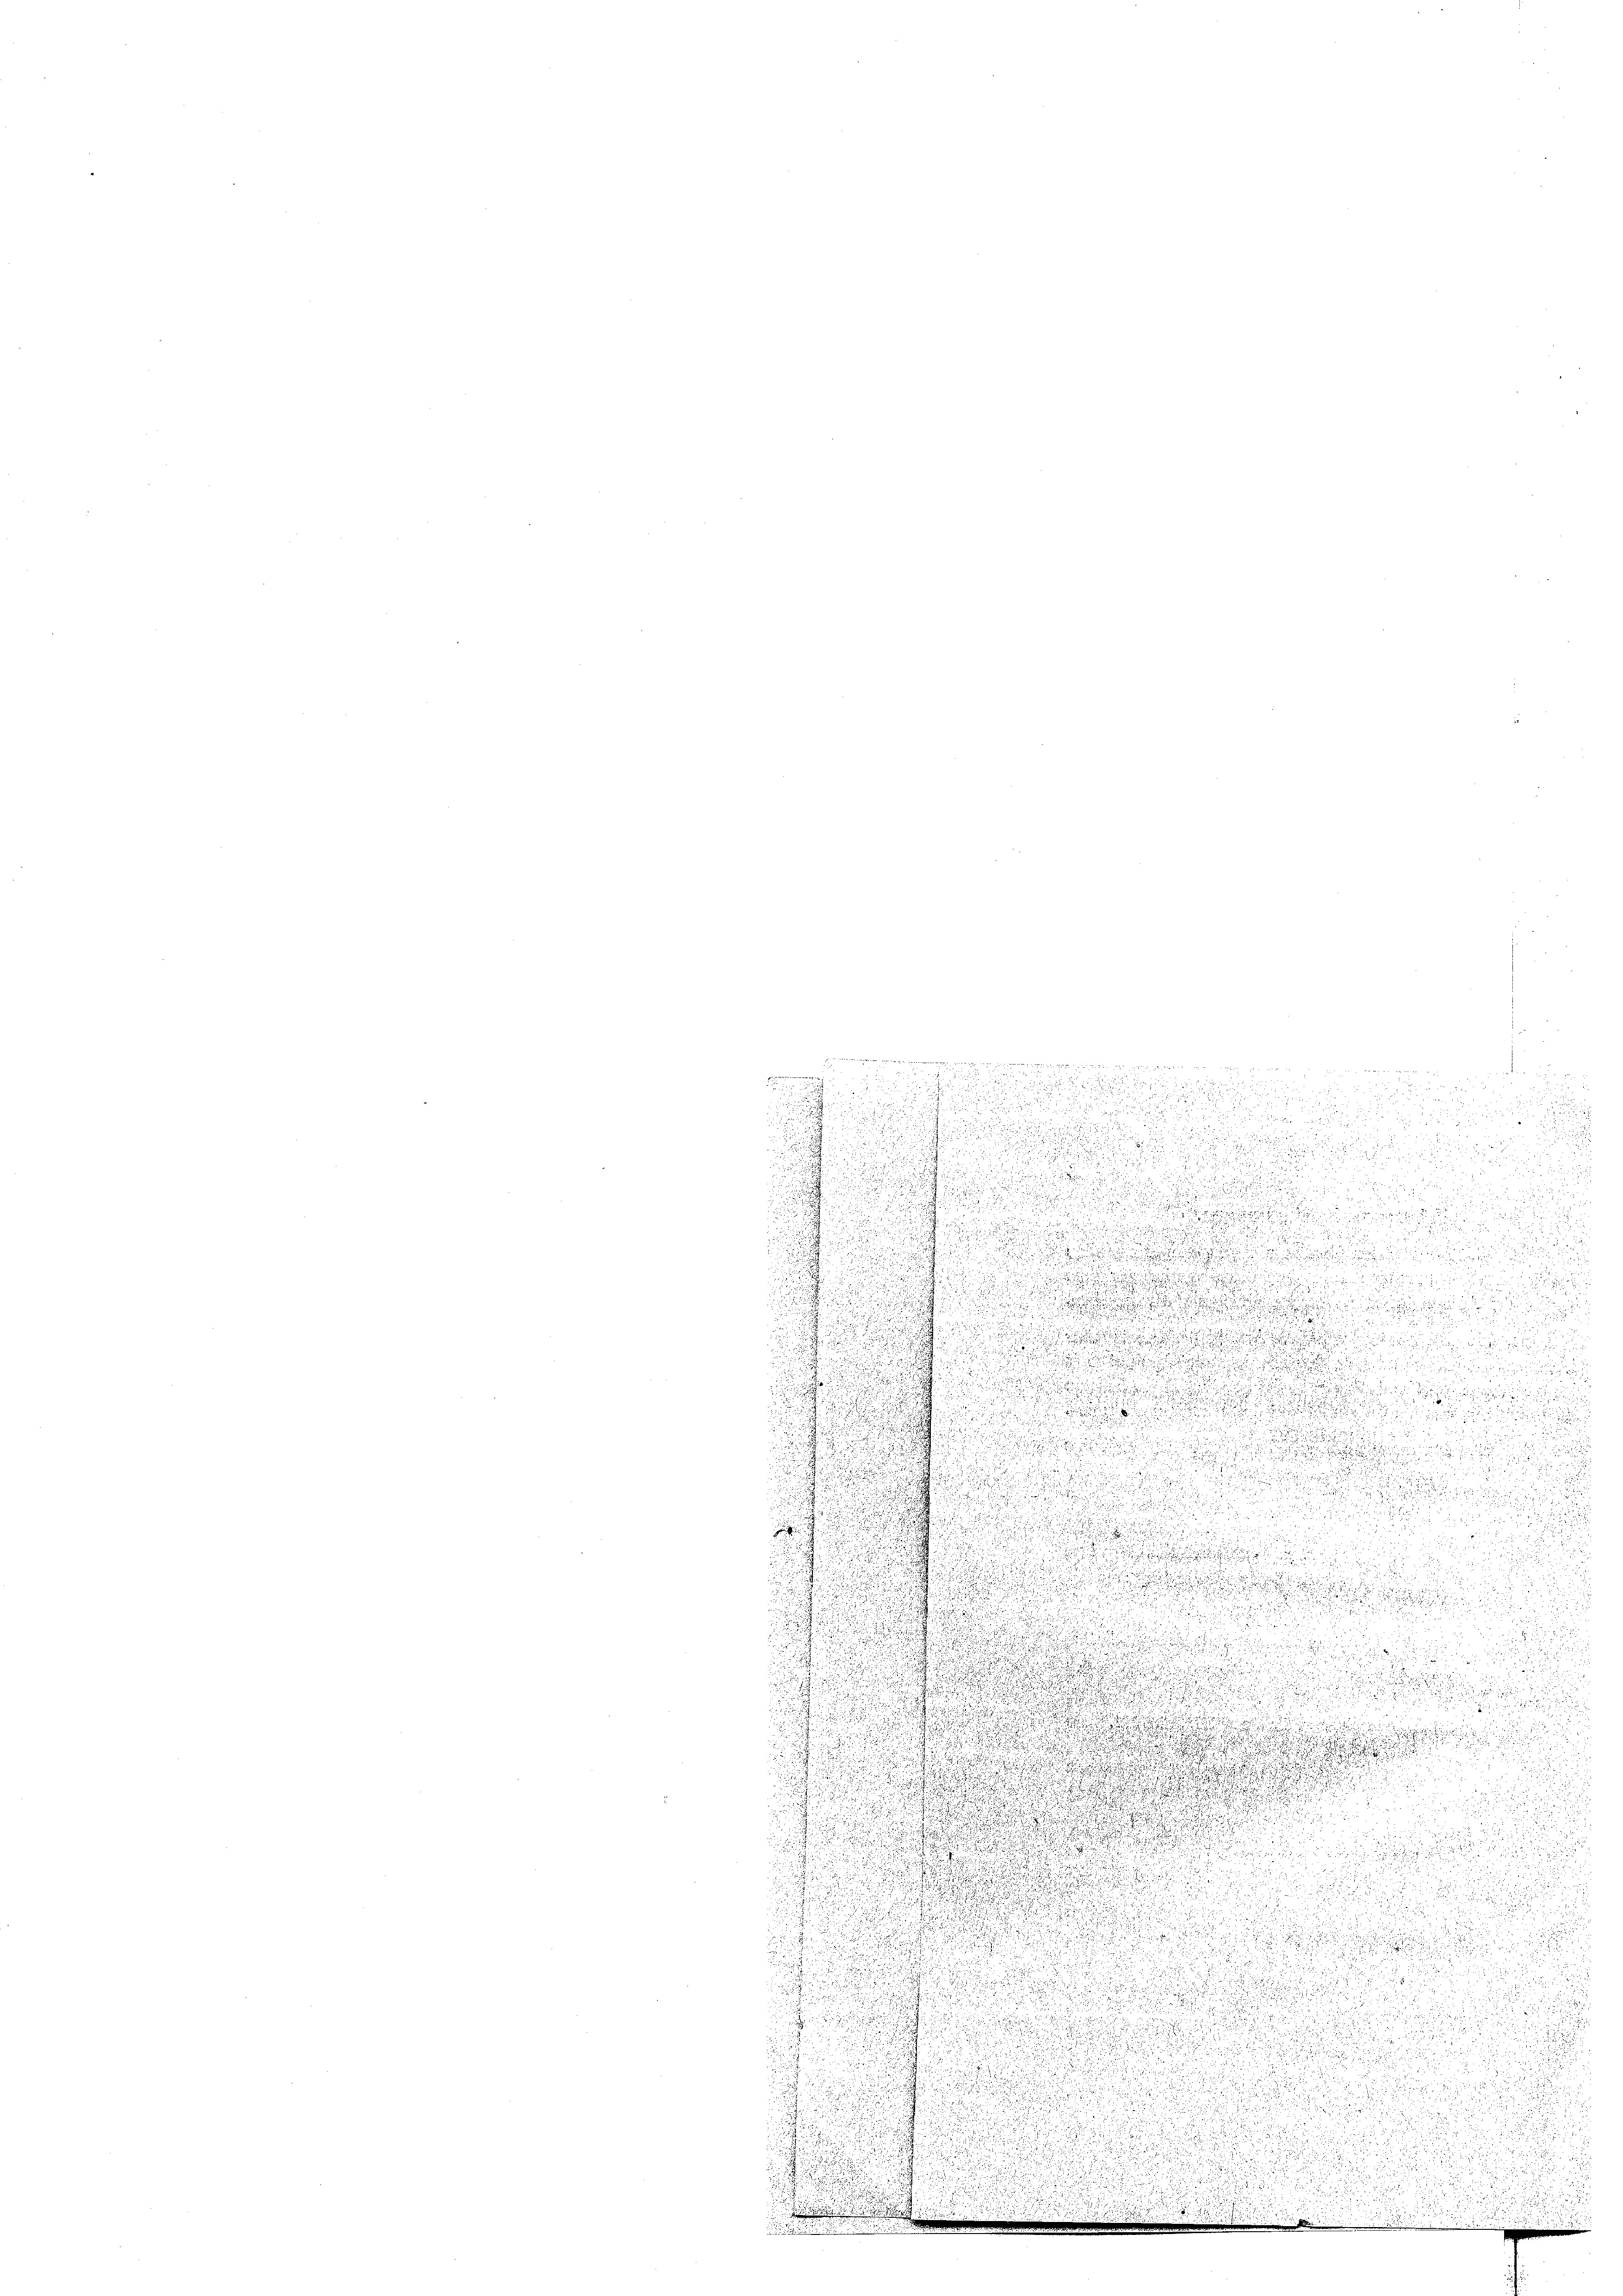
i
a
d
i
d
n
2
e

d
.

1

e

 § 25

u

d
u
d
.
.

u

.
u

.

2

u

5

.

d

.
s

¬
u
d
.
.

n
2

.

u

.

.

s

u
u
.
2

u

.
¬

u
¬

.
d

n
i

.

u

5

u
.
u

.
u
u
d

.

d

¬

.
e

u
u
2

e

e

u
u
s

.

.

.
non
u

u

e
d

¬
d

.
¬

u
.
.
d
i
e

.

i
.

3
1
.

.

i
.
.
u
.
u
.

u

d
e

u
u
.

i
u
.

.
i

.

.
d

d
.

u

u

¬

¬

u

s

.

.
u

i

d

u
.

u

2

e
s

.

vertrages er eingen

F
d

 e